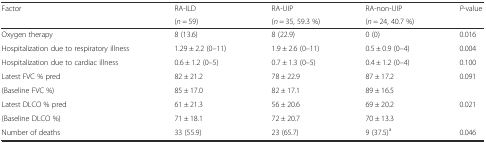
| <ROWSPAN=2> Factor | RA-ILD | RA-UIP | RA-non-UIP | <ROWSPAN=2> P-value |
 | (n = 59) | (n = 35, 59.3 %) | (n = 24, 40.7 %) |
 | --- | --- | --- | --- | --- |
 | Oxygen therapy | 8 (13.6) | 8 (22.9) | 0 (0) | 0.016 |
 | Hospitalization due to respiratory illness | 1.29 ± 2.2 (0–11) | 1.9 ± 2.6 (0–11) | 0.5 ± 0.9 (0–4) | 0.004 |
 | Hospitalization due to cardiac illness | 0.6 ± 1.2 (0–5) | 0.7 ± 1.3 (0–5) | 0.4 ± 1.2 (0–4) | 0.100 |
 | Latest FVC % pred | 82 ± 21.2 | 78 ± 22.9 | 87 ± 17.2 | 0.091 |
 | (Baseline FVC %) | 85 ± 17.0 | 82 ± 17.1 | 89 ± 16.5 |  |
 | Latest DLCO % pred | 61 ± 21.3 | 56 ± 20.6 | 69 ± 20.2 | 0.021 |
 | (Baseline DLCO %) | 71 ± 18.1 | 72 ± 20.7 | 70 ± 13.3 |  |
 | Number of deaths | 33 (55.9) | 23 (65.7) | 9 (37.5)a | 0.046 |